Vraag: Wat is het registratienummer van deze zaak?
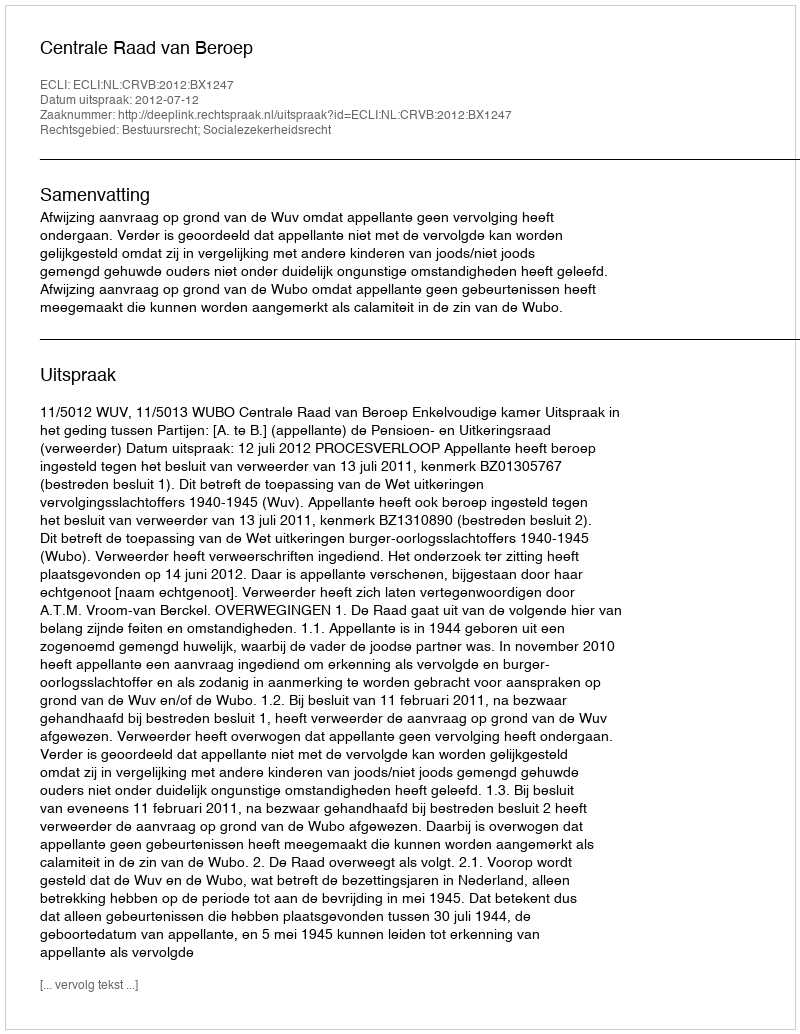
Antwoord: http://deeplink.rechtspraak.nl/uitspraak?id=ECLI:NL:CRVB:2012:BX1247